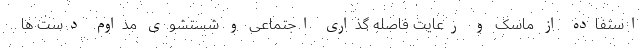
استفاده از ماسک و رعایت فاصله گذاری اجتماعی و شستشوی مداوم دست ها